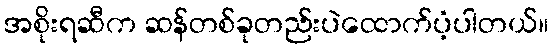
အစိုးရဆီက ဆန်တစ်ခုတည်းပဲထောက်ပံ့ပါတယ်။